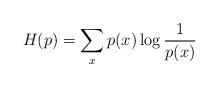
LaTeX: \begin{align*} H(p)=\sum_x p(x)\log\frac1{p(x)} \end{align*}